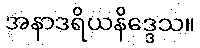
အနာဒရိယနိဒ္ဒေသ။